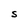
Character: S